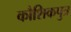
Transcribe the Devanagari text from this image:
कौशिकपुत्र